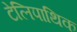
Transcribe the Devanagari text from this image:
टेलिपाथिक